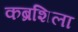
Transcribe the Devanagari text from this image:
कब्रशिला